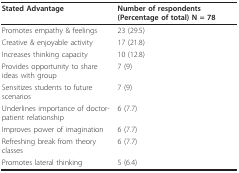
<table><thead><tr><td><b>Stated Advantage</b></td><td><b>Number of respondents (Percentage of total) N = 78</b></td></tr></thead><tbody><tr><td>Promotes empathy &amp; feelings</td><td>23 (29.5)</td></tr><tr><td>Creative &amp; enjoyable activity</td><td>17 (21.8)</td></tr><tr><td>Increases thinking capacity</td><td>10 (12.8)</td></tr><tr><td>Provides opportunity to share ideas with group</td><td>7 (9)</td></tr><tr><td>Sensitizes students to future scenarios</td><td>7 (9)</td></tr><tr><td>Underlines importance of doctor-patient relationship</td><td>6 (7.7)</td></tr><tr><td>Improves power of imagination</td><td>6 (7.7)</td></tr><tr><td>Refreshing break from theory classes</td><td>6 (7.7)</td></tr><tr><td>Promotes lateral thinking</td><td>5 (6.4)</td></tr></tbody></table>